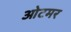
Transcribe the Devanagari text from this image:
ओटमर